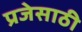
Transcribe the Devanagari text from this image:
प्रजेसाठी